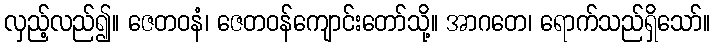
လှည့်လည်၍။ ဇေတဝနံ၊ ဇေတဝန်ကျောင်းတော်သို့။ အာဂတေ၊ ရောက်သည်ရှိသော်။